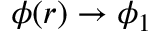
\phi ( { \boldsymbol r } ) \to \phi _ { 1 }